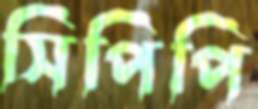
সিপিপি